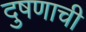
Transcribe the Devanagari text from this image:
दुषणाची